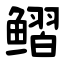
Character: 鳛